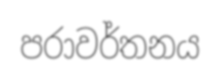
පරාවර්තනය